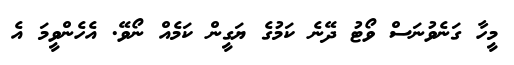
މީހާ ގަނެވުނަސް ވޯޓު ދޭނެ ކަމުގެ ޔަގީން ކަމެއް ނޯވޭ. އެހެންވީމަ އެ